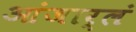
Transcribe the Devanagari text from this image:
आंजार्लं